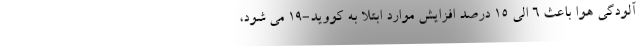
آلودگی هوا باعث ۶ الی ۱۵ درصد افزایش موارد ابتلا به کووید-۱۹ می شود،